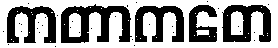
ကတာကတေ